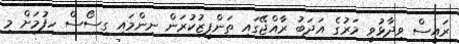
ރައީސް ވިދާޅުވީ މަރުގެ އަދަބު ރާއްޖޭގައި ތަންފީޒުކުރަން ނިންމައި ގިސޯސް ހިފުމަށް މި